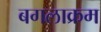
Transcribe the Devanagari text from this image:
बगलाक्रम